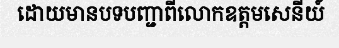
ដោយមានបទបញ្ជាពីលោកឧត្តមសេនីយ៍